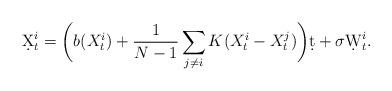
LaTeX: \begin{align*}\d X_t^i = \bigg(b(X_t^i) + \frac1{N-1}\sum_{j\neq i}K(X_t^i-X_t^j)\bigg)\d t + \sigma\d W_t^i.\end{align*}